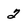
Character: 2